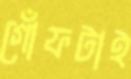
গোঁফটাই